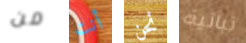
من أنت نحن نباتية